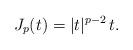
LaTeX: \begin{align*}J_p(t)=|t|^{p-2}\,t.\end{align*}